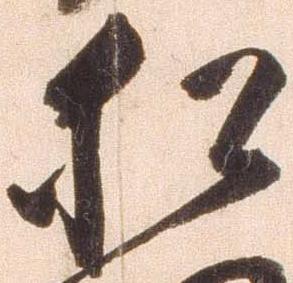
猶